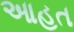
આહત